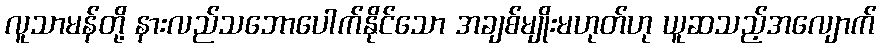
လူသာမန်တို့ နားလည်သဘောပေါက်နိုင်သော အချစ်မျိုးမဟုတ်ဟု ယူဆသည့်အလျောက်